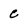
Character: c